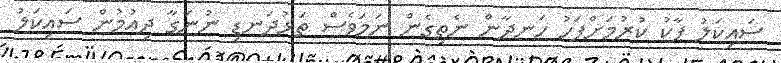
ސައިކަލު ޕާކު ކުރުމަށްފަހު ހަނދާން ނެތިގެން ނަމަވެސް ތަޅުދަނޑި ނުނަގާ ދިއުމުން ސައިކަލު